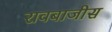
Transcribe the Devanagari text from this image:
रावबाजीस